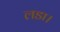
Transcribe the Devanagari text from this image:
लडा।